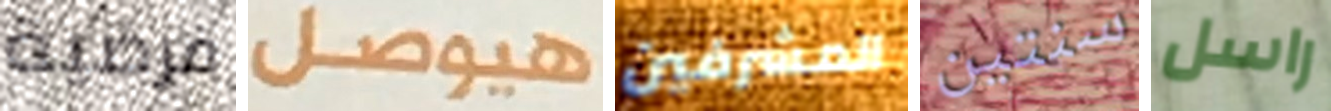
فرضية هيوصل المشرفين سنتين راسل